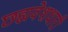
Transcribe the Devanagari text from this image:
छह्मवेशधारी